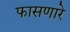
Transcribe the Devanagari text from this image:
फासणारे